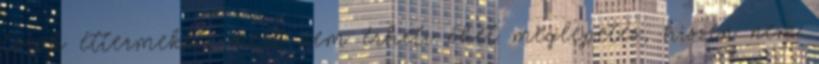
török éttermeket, mert nem érheti őket meglepetés, hiszen nem